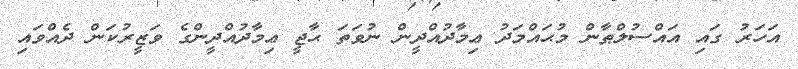
އަހަރު ގައި އައްސުލްޠާން މުޙައްމަދު ޢިމާދުއްދީން ނުވަތަ ޙާޖީ ޢިމާދުއްދީންގެ ވަޒީރުކަން ދެއްވައި